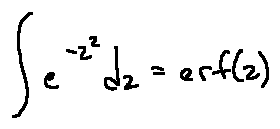
\int e ^ { - z ^ { 2 } } d z = e r f ( z )